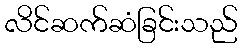
လိင်ဆက်ဆံခြင်းသည်